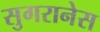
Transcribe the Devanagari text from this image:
सुगरानेस